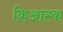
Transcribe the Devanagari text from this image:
किआस्क